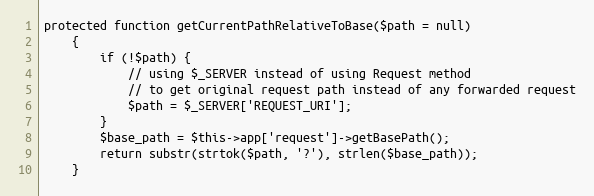
Language: PHP
protected function getCurrentPathRelativeToBase($path = null)
    {
        if (!$path) {
            // using $_SERVER instead of using Request method
            // to get original request path instead of any forwarded request
            $path = $_SERVER['REQUEST_URI'];
        }
        $base_path = $this->app['request']->getBasePath();
        return substr(strtok($path, '?'), strlen($base_path));
    }